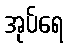
အုပ်ရေ